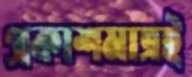
প্রকাশমাত্রই